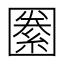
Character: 𡈢